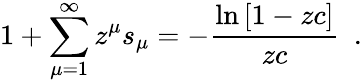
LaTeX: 1+\sum_{\mu=1}^{\infty}z^{\mu}s_{\mu}=-\frac{\ln{[1-zc]}}{zc}\ \ .